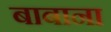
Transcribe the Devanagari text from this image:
बाबाना